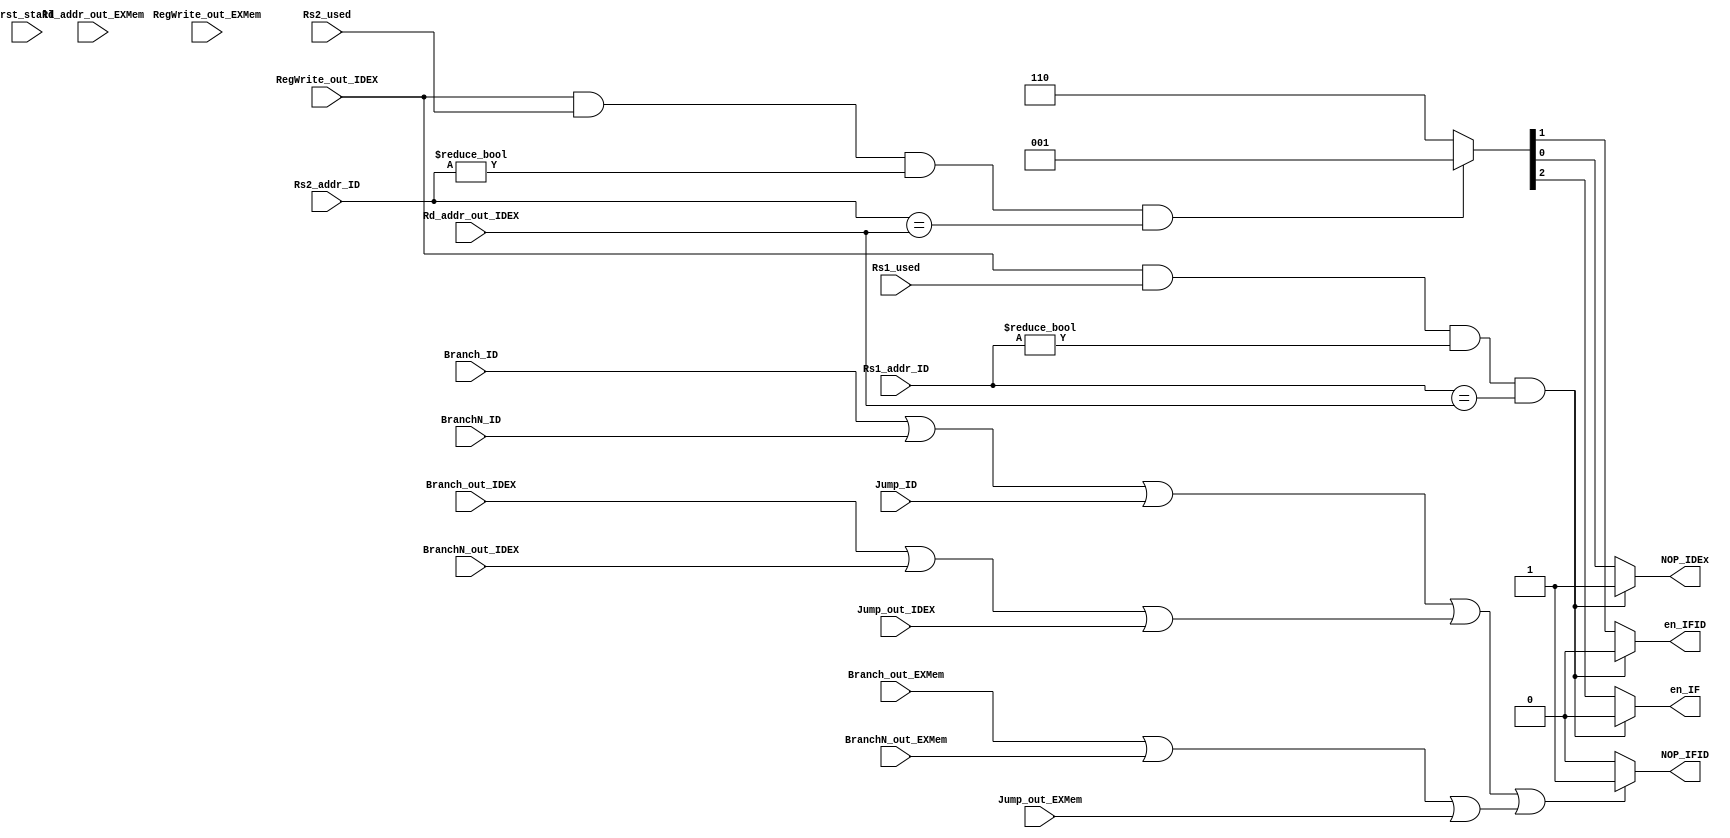
`timescale 1ns / 1ps
//////////////////////////////////////////////////////////////////////////////////
// Company: 
// Engineer: 
// 
// Design Name: 
// Module Name: stall
// Project Name: 
// Target Devices: 
// Tool Versions: 
// Description: 
// 
// Dependencies: 
// 
// Revision:
// Revision 0.01 - File Created
// Additional Comments:
// 
//////////////////////////////////////////////////////////////////////////////////


module stall(
    input rst_stall,
    input RegWrite_out_IDEX,
    input[4:0] Rd_addr_out_IDEX,
    input RegWrite_out_EXMem,
    input[4:0] Rd_addr_out_EXMem,
    input[4:0] Rs1_addr_ID,
    input[4:0] Rs2_addr_ID,
    input Rs1_used,
    input Rs2_used,
    input Branch_ID,
    input BranchN_ID,
    input Jump_ID,
    input Branch_out_IDEX,
    input BranchN_out_IDEX,
    input Jump_out_IDEX,
    input Branch_out_EXMem,
    input BranchN_out_EXMem,
    input Jump_out_EXMem,
    output reg en_IF,
    output reg en_IFID,
    output reg NOP_IFID,
    output reg NOP_IDEx
    );
    
    
    
    always@(*)
    begin
        if((RegWrite_out_IDEX&Rs1_used)&&(Rs1_addr_ID!=5'b00000)&&(Rs1_addr_ID==Rd_addr_out_IDEX))
        begin
            {en_IF,en_IFID,NOP_IDEx} = 3'b001;
        end
        else if((RegWrite_out_IDEX&Rs2_used)&&(Rs2_addr_ID!=5'b00000)&&(Rs2_addr_ID==Rd_addr_out_IDEX))
        begin
            {en_IF,en_IFID,NOP_IDEx} = 3'b001;
        end
        else begin
            {en_IF,en_IFID,NOP_IDEx} = 3'b110;
        end
        
        if((Branch_ID|BranchN_ID|Jump_ID)|(Branch_out_IDEX|BranchN_out_IDEX|Jump_out_IDEX)|(Branch_out_EXMem|BranchN_out_EXMem|Jump_out_EXMem))
        begin
            NOP_IFID = 1'b1;
        end
        else begin
            NOP_IFID = 1'b0;
        end
        
    end
endmodule